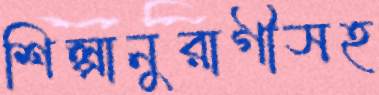
শিল্পানুরাগীসহ